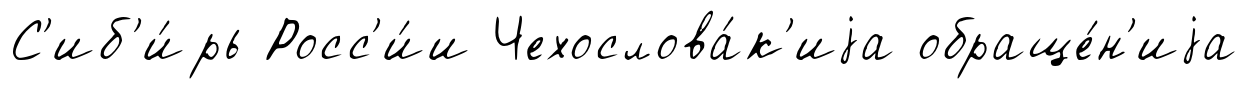
С'иб'и́рь Росс'и́и Чехослова́к'иjа обраще́н'иjа